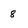
Character: 8